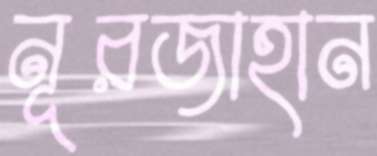
নূরজাহান